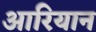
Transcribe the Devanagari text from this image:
आरियान